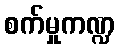
စက်မှုကဏ္ဍ